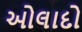
ઓલાદો